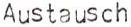
Austausch